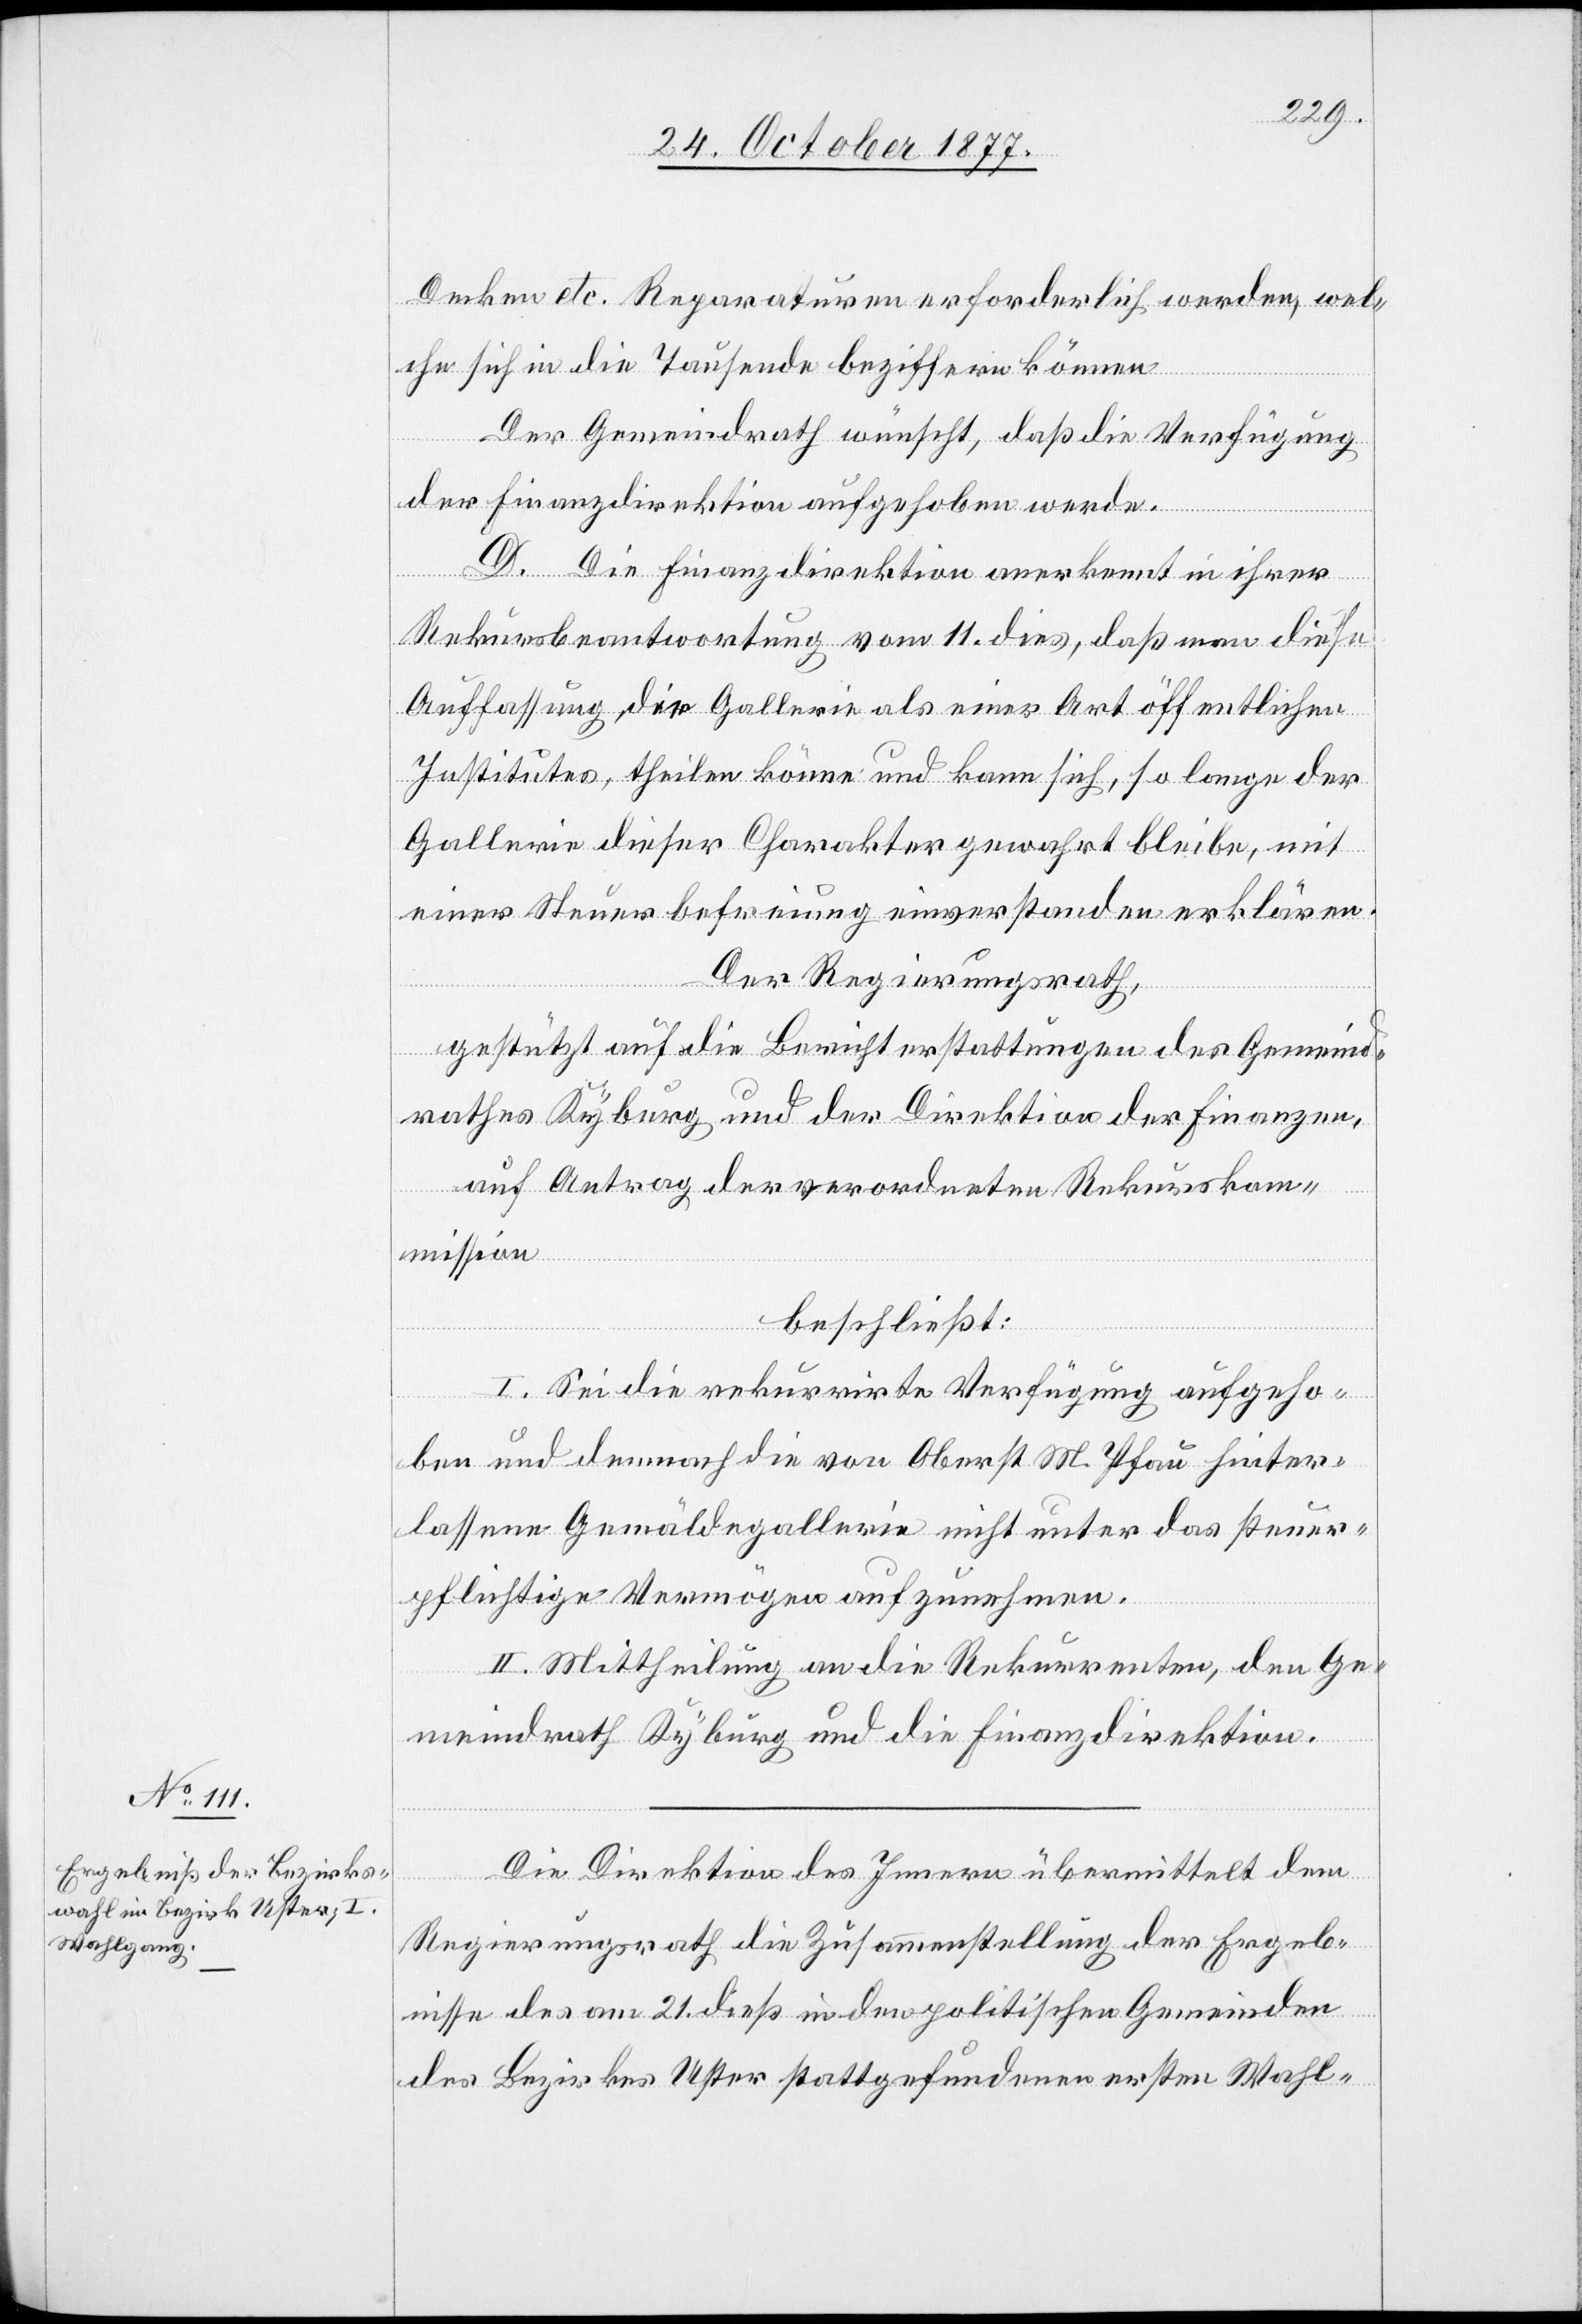
Decken etc. Reparaturen erforderlich werden, wel¬
che sich in die Tausende beziffern können
Der Gemeindrath wünscht, daß die Verfügung
der Finanzdirektion aufgehoben werde.
D. Die Finanzdirektion anerkennt in ihrer
Rekursbeantwortung vom 11. dies, daß man diese
Auffassung der Gallerie als einer Art öffentlichen
Institutes, theilen könne und kann sich, so lange der
Gallerie dieser Charakter gewahrt bleibe, mit
einer Steuerbefreiung einverstanden erklären.
Der Regierungsrath,
gestützt auf die Berichterstattungen des Gemeind¬
rathes Kyburg und der Direktion der Finanzen,
auf Antrag der verordneten Rekurskom¬
mission,
beschließt:
I. Sei die rekurrirte Verfügung aufgeho¬
ben und demnach die von Oberst M. Pfau hinter¬
lassene Gemäldegallerie nicht unter das steuer¬
pflichtige Vermögen aufzunehmen.
II. Mittheilung an die Rekurrenten, den Ge¬
meindrath Kyburg und die Finanzdirektion.
Die Direktion des Innern übermittelt dem
Regierungsrath die Zusammenstellung der Ergeb¬
nisse des am 21. dieß in den politischen Gemeinden
des Bezirkes Uster stattgefundenen ersten Wahl-